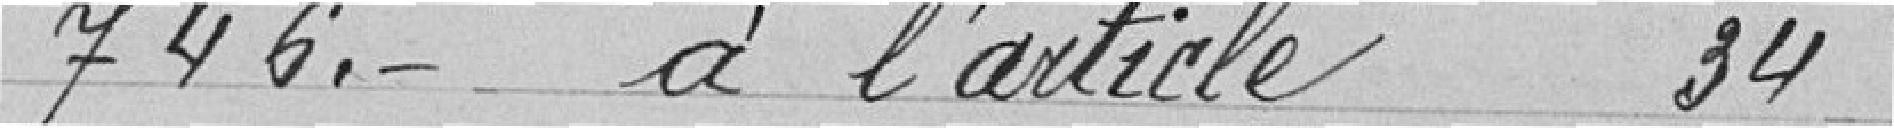
746. à l'article 34